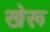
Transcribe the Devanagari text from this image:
खेरू